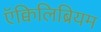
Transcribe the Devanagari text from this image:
ऍक्विलिब्रियम